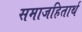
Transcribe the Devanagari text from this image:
समाजहितार्थ